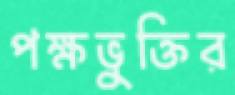
পক্ষভুক্তির